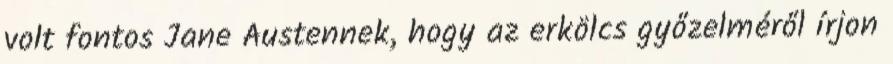
volt fontos Jane Austennek, hogy az erkölcs győzelméről írjon